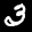
Label: 3